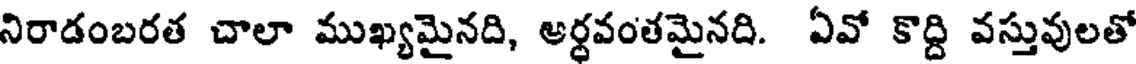
నిరాడంబరత చాలా ముఖ్యమైనది, అర్ధవంతమైనది. ఏవో కొద్ది వస్తువులతో